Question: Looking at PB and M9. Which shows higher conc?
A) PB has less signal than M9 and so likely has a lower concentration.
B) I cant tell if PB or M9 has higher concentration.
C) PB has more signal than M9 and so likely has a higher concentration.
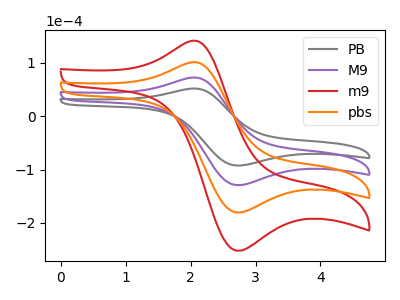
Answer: <think>The gray curve "PB" has an anodic peak at (2.00V, 51.65uA) and a cathodic peak at (2.70V, -92.40uA). The purple curve "M9" has an anodic peak at (2.00V, 72.15uA) and a cathodic peak at (2.70V, -129.05uA). The red curve "m9" has an anodic peak at (2.00V, 216.50uA) and a cathodic peak at (2.70V, -387.20uA). The orange curve "pbs" has an anodic peak at (2.00V, 144.30uA) and a cathodic peak at (2.70V, -258.15uA).
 All the peaks in "PB" have a peak in "M9" at the same potential. Every peak in "PB" is lower than every peak in "M9".</think>
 <answer>A) "PB" has less signal than "M9" and so likely has a lower concentration.</answer>
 <eval>A</eval>